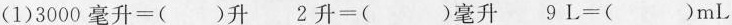
(1)$$3000毫升=()升$$ $$2升=()毫升$$ $$9L=()mL$$